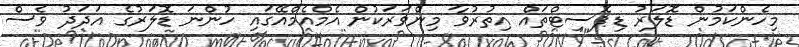
މިހެންކަމުން ޑޮލަރު ޑިޕޮސިޓްތައް އިތުރުވާ މިންވަރަކުން އެމްއެމްއޭގައި ހުންނަ ޑޮލަރުގެ އަދަދު ވެސް